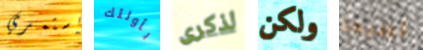
استمري بأولئك لذكرى ولكن أصبحا